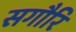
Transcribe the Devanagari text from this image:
सगौरि